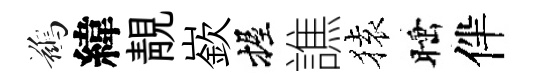
鷀緯靚嶔握譙𫞤睡伴